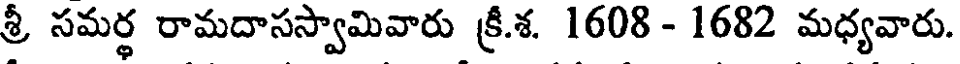
శ్రీ సమర్థ రామదాసస్వామివారు క్రీ.శ. 1608 - 1682 మధ్యవారు.